Leningradi_Edasi_toimetus, lk 104
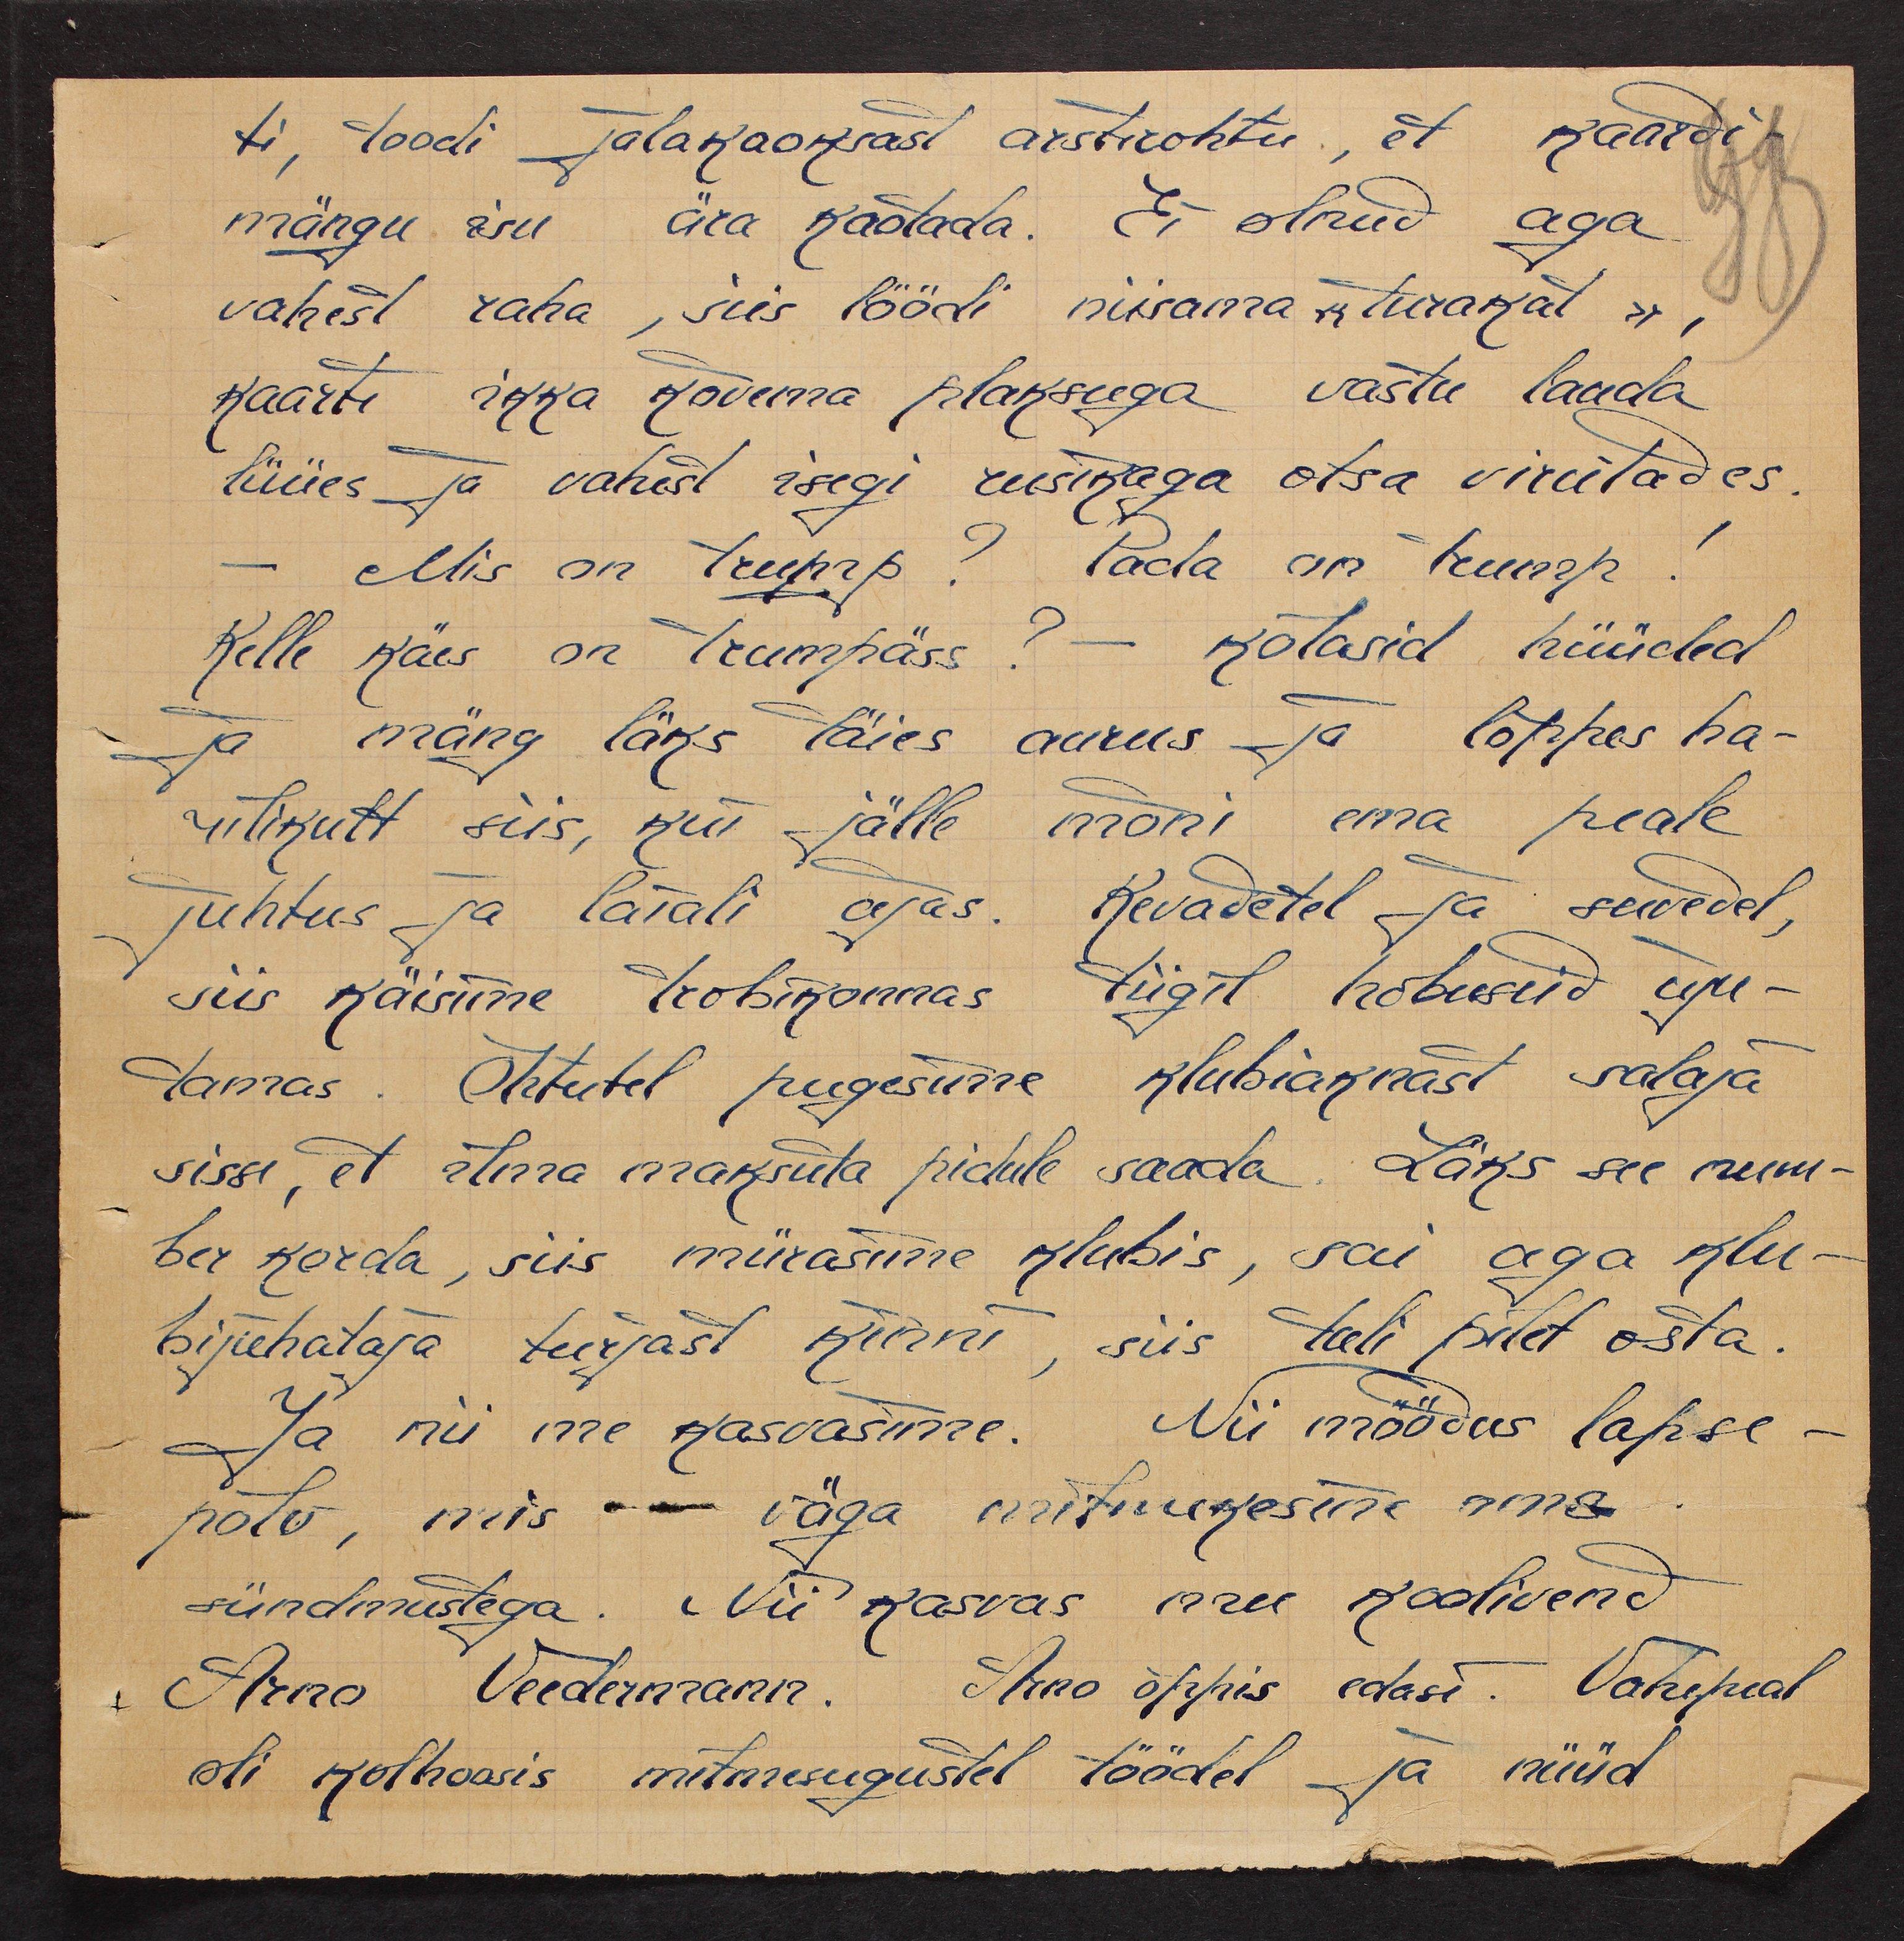
ti, toodi jalakaoksast arstrohtu, et kaardi-
mängu isu ära kaotada. Ei olnud aga
vahest raha, siis löödi niisama "turakat",
kaarte ikka kõvema plaksuga vastu lauda
lüües ja vahest isegi rusikaga otsa virutades.
- Mis on trump? Pada on trump!
Kelle käes on trumpäss? - kõlasid hüüded
- ja mäng läks täies aurus ja lõppes ha-
rilikult siis, kui jälle mõni ema peale
juhtus ja laiali ajas. kevadetel ja suvedel,
siis käisime trobikonnas tiigil hobuseid uju-
tamas. Õhtutel pugesime klubiaknast salaja
sisse, et ilma maksuta pidule saada. Läks see num-
ber korda, siis mürasime klubis, sai aga klu-
bijuhataja turjast kinni, siis tuli pilet osta.
Ja nii me kasvasime. Nii möödus lapse-
põlv, mis - väga mitmekesine oma
sündmustega. Nii kasvas mu koolivend
Arno Veedermann. Arno õppis edasi. Vahepeal
oli kolhoosis mitmesugustel töödel ja nüüd